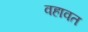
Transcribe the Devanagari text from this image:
वहावत